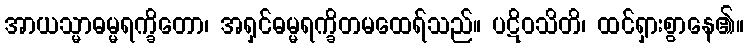
အာယသ္မာဓမ္မရက္ခိတော၊ အရှင်ဓမ္မရက္ခိတမထေရ်သည်။ ပဋိဝသိတိ၊ ထင်ရှားစွာနေ၏။